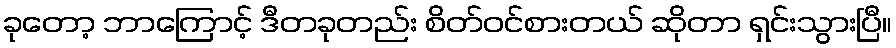
ခုတော့ ဘာကြောင့် ဒီတခုတည်း စိတ်ဝင်စားတယ် ဆိုတာ ရှင်းသွားပြီ။